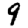
Digit: 9